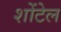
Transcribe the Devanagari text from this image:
शोंटेल